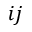
i j